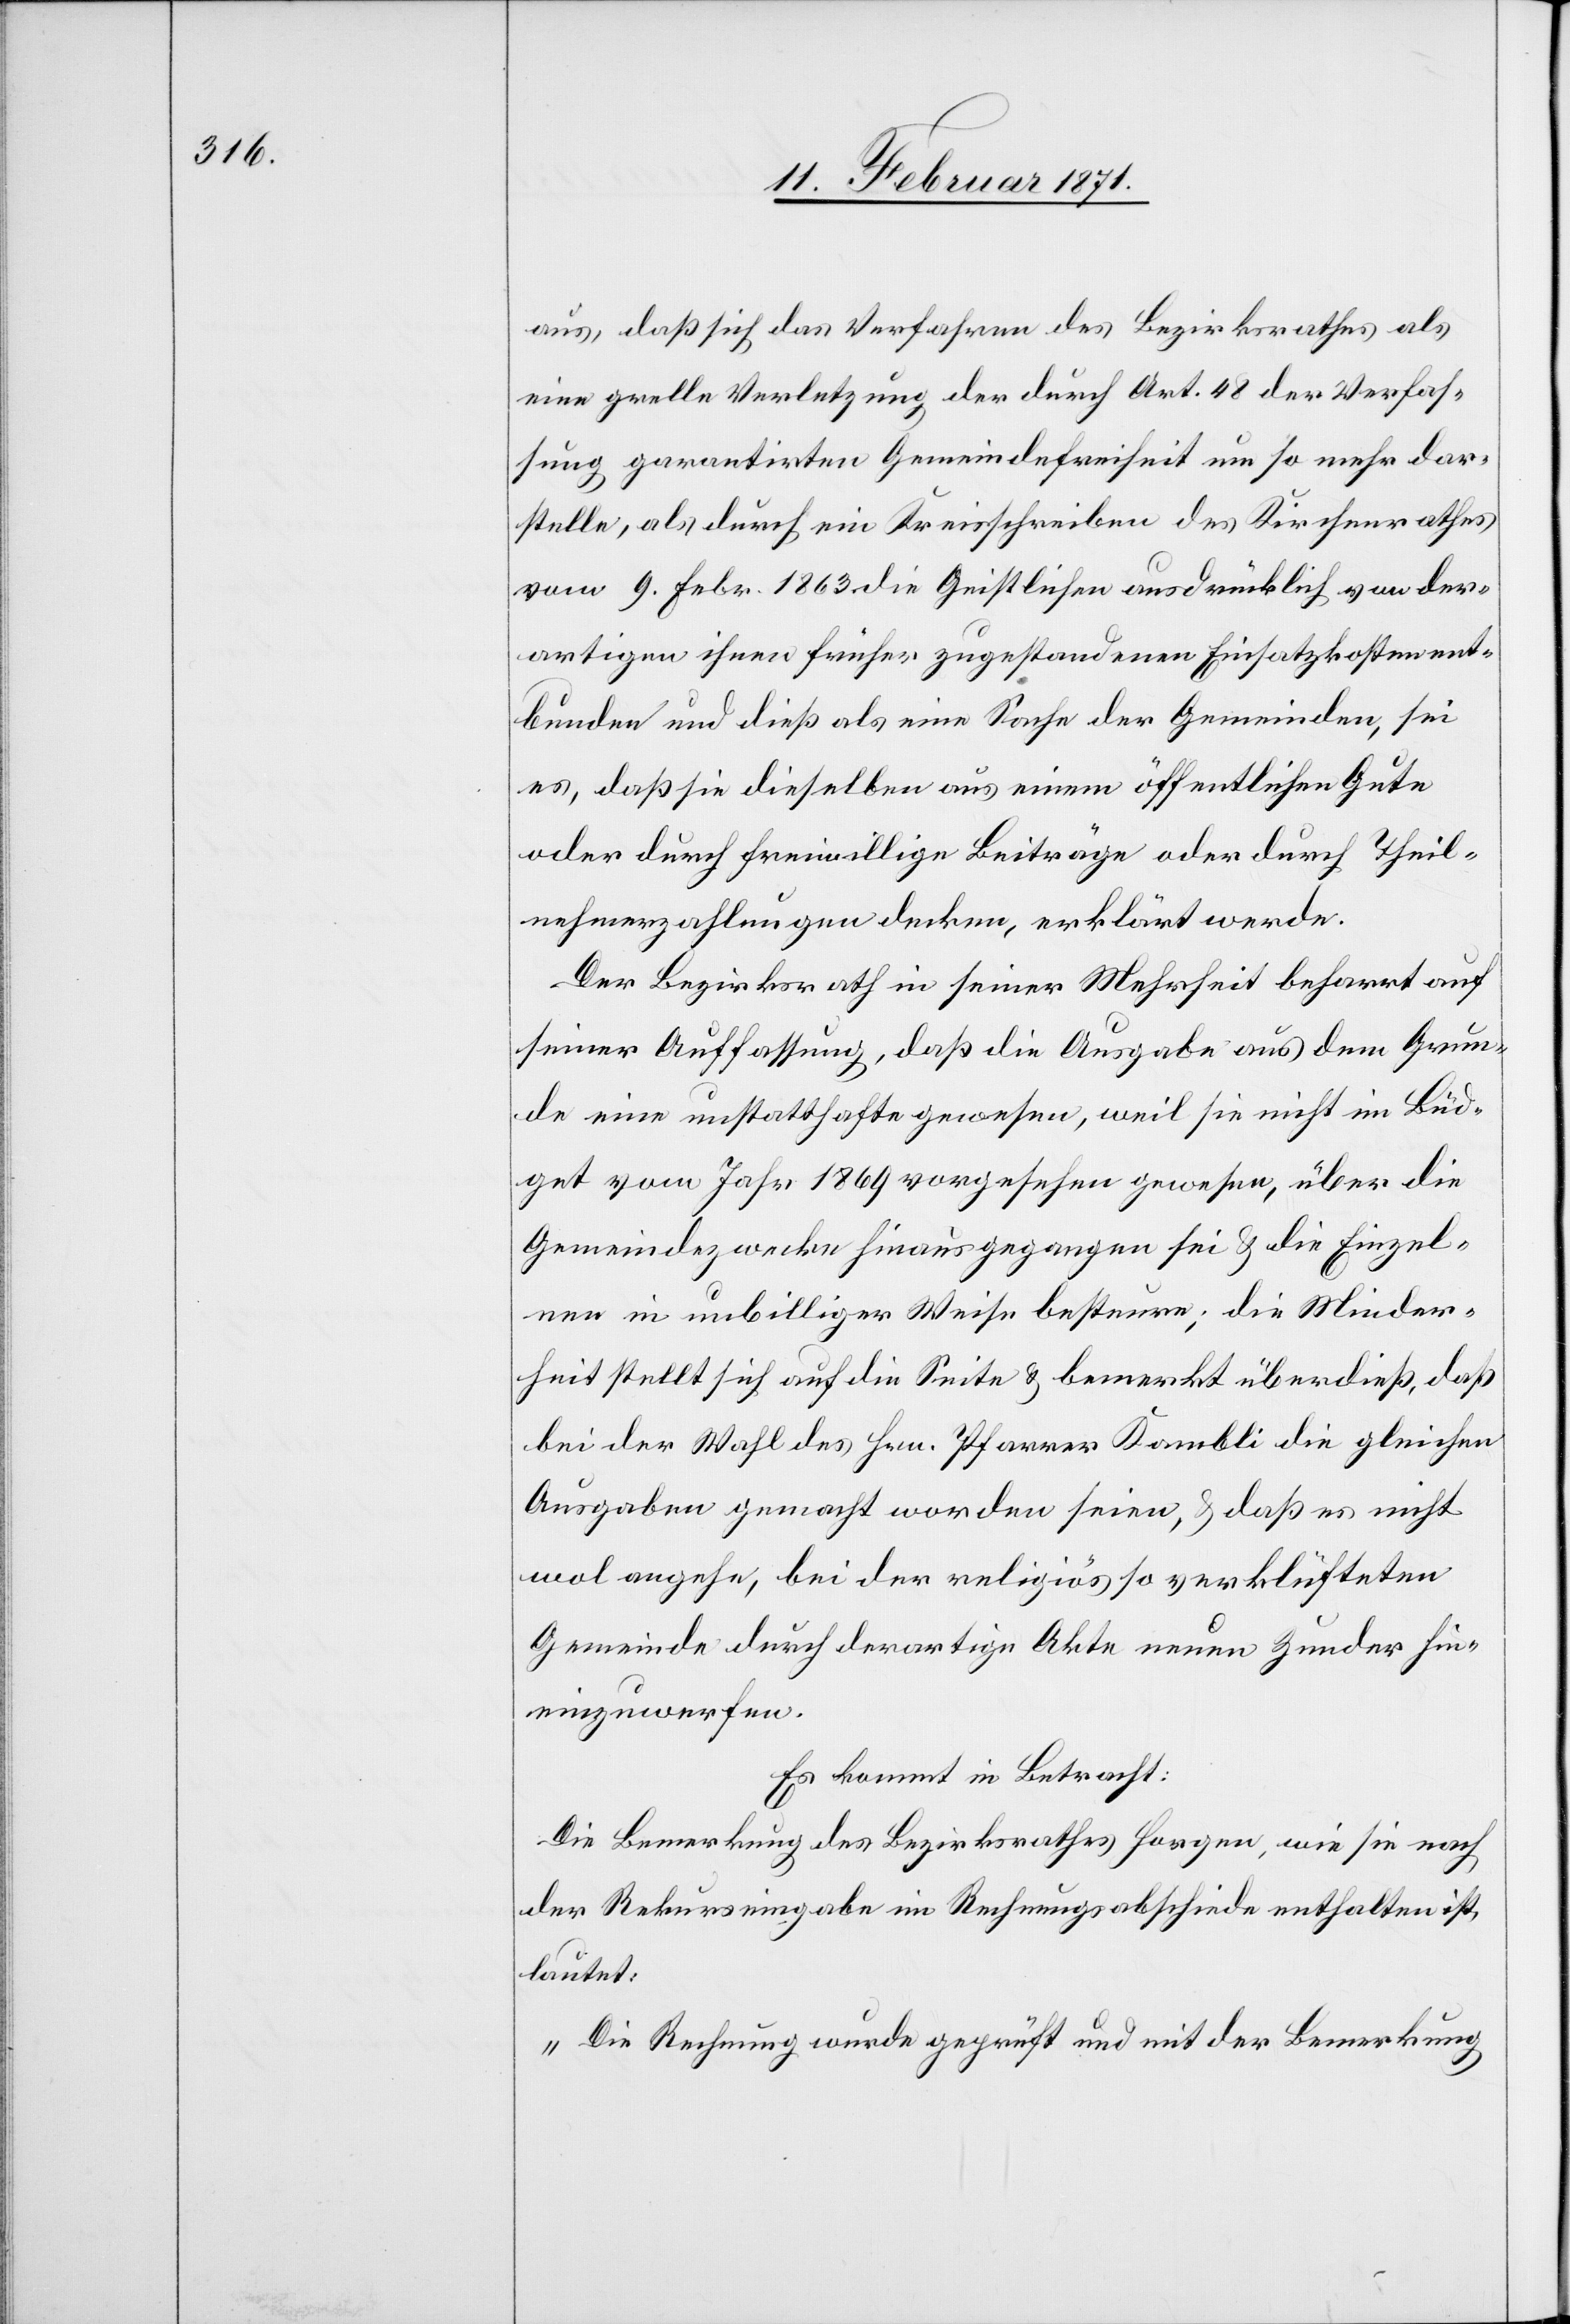
aus, daß sich das Verfahren des Bezirksrathes als
eine grelle Verletzung der durch Art. 48 der Verfas¬
sung garantirten Gemeindefreiheit um so mehr dar¬
stelle, als durch ein Kreisschreiben des Kirchenrathes
vom 9. Febr. 1863 die Geistlichen ausdrücklich von der¬
artigen ihnen früher zugestandenen Einsatzkosten ent¬
bunden und dieß als eine Sache der Gemeinden, sei
es, daß sie dieselben aus einem öffentlichen Gute
oder durch freiwillige Beiträge oder durch Theil¬
nehmerzahlungen decken, erklärt werde.
Der Bezirksrath in seiner Mehrheit beharrt auf
seiner Auffassung, daß die Ausgabe aus dem Grun¬
de eine unstatthafte gewesen, weil sie nicht im Büd¬
get vom Jahr 1869 vorgesehen gewesen, über die
Gemeindezwecke hinaus gegangen sei u. die Einzel¬
nen in unbilliger Weise besteure; die Minder¬
heit stellt sich auf die Seite u. bemerkt überdieß, daß
bei der Wahl des Hrn. Pfarrer Kambli die gleichen
Ausgaben gemacht worden seien, u. daß es nicht
wol angehe, bei der religiös so verklüfteten
Gemeinde durch derartige Akte neuen Zunder hin¬
einzuwerfen.
Es kommt in Betracht:
Die Bemerkung des Bezirksrathes Horgen, wie sie nach
der Rekurseingabe im Rechnungsabschiede enthalten ist,
lautet:
„Die Rechnung wurde geprüft und mit der Bemerkung